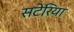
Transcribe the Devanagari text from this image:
सटेरिया